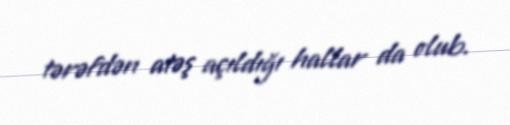
tərəfdən atəş açıldığı hallar da olub.